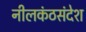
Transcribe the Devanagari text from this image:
नीलकंठसंदेश